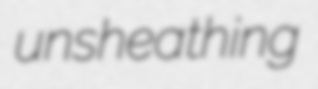
unsheathing